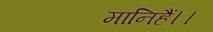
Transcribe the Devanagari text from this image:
मानिहैं।।